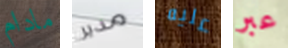
مادام مدير عليه عبر